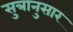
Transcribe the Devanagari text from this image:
सुत्रानुसार